Report on vaccination in Madras 1922-1929 - 1922-1929
Year: 1922
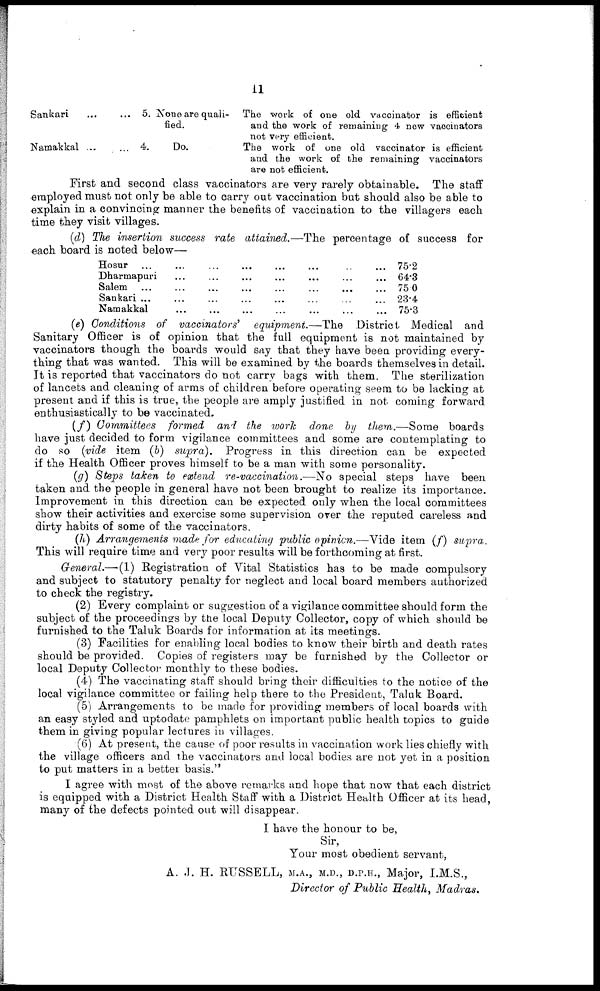
11
Sankari ... ...
Namakkal ...
...
5. None are quali-
fied.
4.
Do.
The work of one old vaccinator is efficient
and the work of remaining 4 new vaccinators
not very efficient.
The work of one old vaccinator is efficient
and the work of the remaining vaccinators
are not efficient.
First and second class vaccinators are very rarely obtainable. The staff
employed must not only be able to carry out vaccination but should also be able to
explain in a convincing manner the benefits of vaccination to the villagers each
time they visit villages.
(d) The insertion success rate attained.—The percentage of success for
each board is noted below—
Hosur ...
...
... ... ... ... ... ...
Dharmapuri ... ... ... ... ... ... ...
Salem ...
...
...
...
...
...
... ...
Sankari ... ... ... ... ... ... ... ...
Namakkal ... ... ... ... ... ... ...
75.2
64.3
75.0
23.4
75.3
(e) Conditions of vaccinators' equipment.—The District Medical and
Sanitary Officer is of opinion that the full equipment is not maintained by
vaccinators though the boards would say that they have been providing every-
thing that was wanted. This will be examined by the boards themselves in detail.
It is reported that vaccinators do not carry bags with them. The sterilization
of lancets and cleaning of arms of children before operating seem to be lacking at
present and if this is true, the people are amply justified in not coming forward
enthusiastically to be vaccinated.
(f) Committees formed and the work done by them.—Some boards
have just decided to form vigilance committees and some are contemplating to
do so (vide item (b) supra). Progress in this direction can be expected
if the Health Officer proves himself to be a man with some personality.
(g) Steps taken to extend re-vaccination.—No special steps have been
taken and the people in general have not been brought to realize its importance.
Improvement in this direction can be expected only when the local committees
show their activities and exercise some supervision over the reputed careless and
dirty habits of some of the vaccinators.
(h) Arrangements made for educating public opinion.—Vide item (f) supra.
This will require time and very poor results will be forthcoming at first.
General.—(1) Registration of Vital Statistics has to be made compulsory
and subject to statutory penalty for neglect and local board members authorized
to check the registry.
(2) Every complaint or suggestion of a vigilance committee should form the
subject of the proceedings by the local Deputy Collector, copy of which should be
furnished to the Taluk Boards for information at its meetings.
(3) Facilities for enabling local bodies to know their birth and death rates
should be provided. Copies of registers may be furnished by the Collector or
local Deputy Collector monthly to these bodies.
(4) The vaccinating staff should bring their difficulties to the notice of the
local vigilance committee or failing help there to the President, Taluk Board.
(5) Arrangements to be made for providing members of local boards with
an easy styled and uptodate pamphlets on important public health topics to guide
them in giving popular lectures in villages.
(6) At present, the cause of poor results in vaccination work lies chiefly with
the village officers and the vaccinators and local bodies are not yet in a position
to put matters in a better basis."
I agree with most of the above remarks and hope that now that each district
is equipped with a District Health Staff with a District Health Officer at its head,
many of the defects pointed out will disappear.
I have the honour to be,
Sir,
Your most obedient servant,
A. J. H. RUSSELL, M.A., M.D., D.P.H., Major, I.M.S.,
Director of Public Health, Madras.